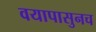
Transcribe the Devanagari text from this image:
वयापासुनच